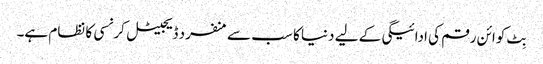
بِٹ کوائن رقم کی ادائیگی کے لیے دنیا کا سب سے منفرد ڈیجیٹل کرنسی کا نظام ہے۔